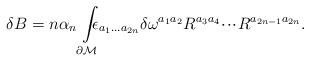
LaTeX: \begin{align*}\delta B=n\alpha _{n}\int\limits_{\partial {\cal M}}\!\!\!\!\epsilon_{a_{1}...a_{2n}}\delta \omega ^{a_{1}a_{2}}R^{a_{3}a_{4}}\!\cdot \!\cdot\!\cdot \!R^{a_{2n-1}a_{2n}}. \end{align*}